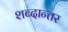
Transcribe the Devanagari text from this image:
शब्दान्तर